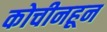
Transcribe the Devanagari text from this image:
कोचीनहून